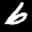
Digit: 6